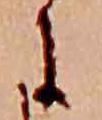
に